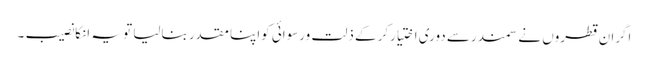
اگران قطروں نے سمندرسے دوری اختیارکرکے ذلت ورسوائی کواپنا مقدر بنالیا تو یہ انکانصیب ۔